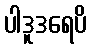
ပါဒူဒရေပိ